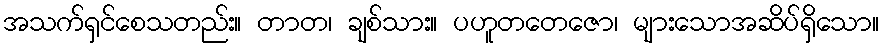
အသက်ရှင်စေသတည်း။ တာတ၊ ချစ်သား။ ပဟူတတေဇော၊ များသောအဆိပ်ရှိသော။